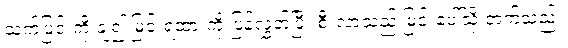
သက်ပြင်းကို ချ၍ မြင်းရထားကို ပြန်လွှတ်ပြီး စီးလာသည့် မြင်းပေါ်သို့ တက်သည်။